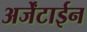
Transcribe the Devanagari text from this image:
अर्जेंटाईन